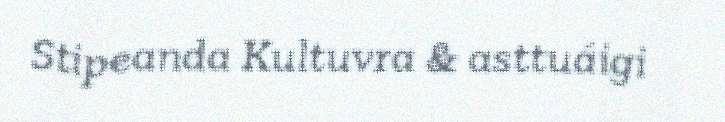
Stipeanda Kultuvra & asttuáigi